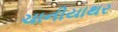
ચાનીયાથર